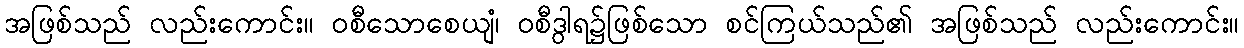
အဖြစ်သည် လည်းကောင်း။ ဝစီသောစေယျံ၊ ဝစီဒွါရ၌ဖြစ်သော စင်ကြယ်သည်၏ အဖြစ်သည် လည်းကောင်း။